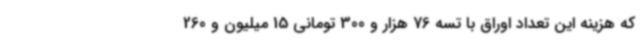
که هزینه این تعداد اوراق با تسه 76 هزار و 300 تومانی 15 میلیون و 260